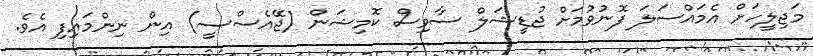
މަޖިލީހަށް އެމައްސަލަ ފޮނުވުމަށް ޖުޑީޝަލް ސާވިސް ކޮމިޝަން (ޖޭއެސްސީ) އިން ނިންމައިފި އެވެ.